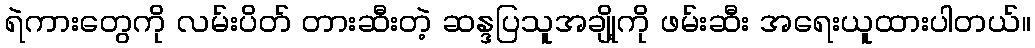
ရဲကားတွေကို လမ်းပိတ် တားဆီးတဲ့ ဆန္ဒပြသူအချို့ကို ဖမ်းဆီး အရေးယူထားပါတယ်။